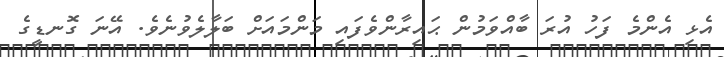
އެޅި އެންމެ ފަހު އުރަ ބާއްވަމުން ޙައިރާންވެފައި މަންމައަށް ބަލާލެވުނެވެ. އޭނަ ގޮނޑީގެ